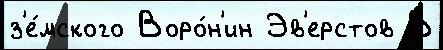
з'е́мского Воро́н'ин Эв'ерстов В